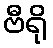
ဗီရို